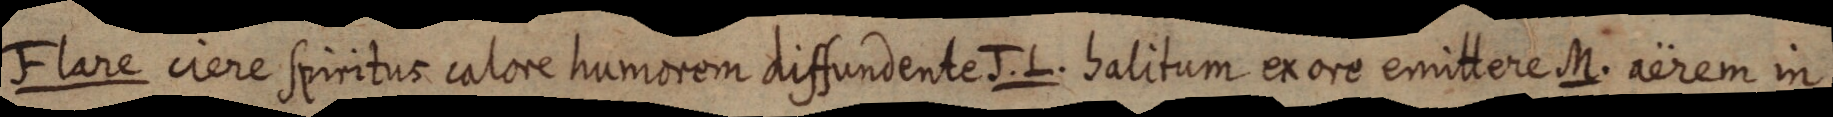
Flare ciere spiritus calore humorem diffundente J. L. halitum ex ore emittere M. aerem in